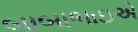
બાબાભાઇએ